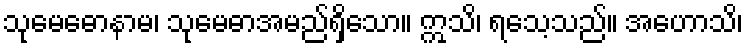
သုမေဓောနာမ၊ သုမေဓာအမည်ရှိသော။ ဣသိ၊ ရသေ့သည်။ အဟောသိ၊